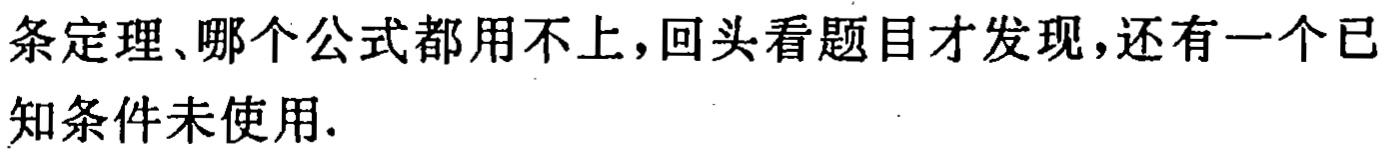
条定理、哪个公式都用不上,回头看题目才发现,还有一个已\\知条件未使用.